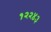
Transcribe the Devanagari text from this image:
१२२४३